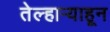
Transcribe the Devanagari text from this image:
तेल्हाऱ्याहून